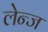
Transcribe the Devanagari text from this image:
लेन्ज